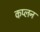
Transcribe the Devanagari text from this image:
कप्लन